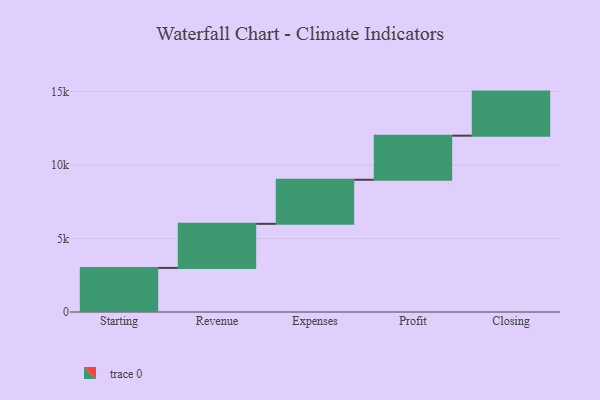
{"axis": {"x": "Step", "y": "Value"}, "legend": [""], "data": [{"x": "Starting", "y": 3000, "type": ""}, {"x": "Revenue", "y": 3000, "type": ""}, {"x": "Expenses", "y": 3000, "type": ""}, {"x": "Profit", "y": 3000, "type": ""}, {"x": "Closing", "y": 3000, "type": ""}]}